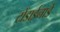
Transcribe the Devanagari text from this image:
टोंडाईनाडे